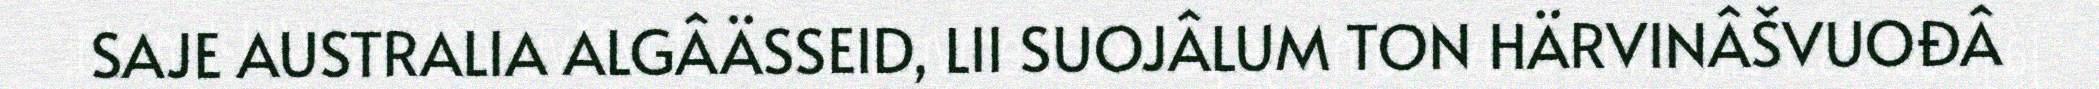
SAJE AUSTRALIA ALGÂÄSSEID, LII SUOJÂLUM TON HÄRVINÂŠVUOĐÂ